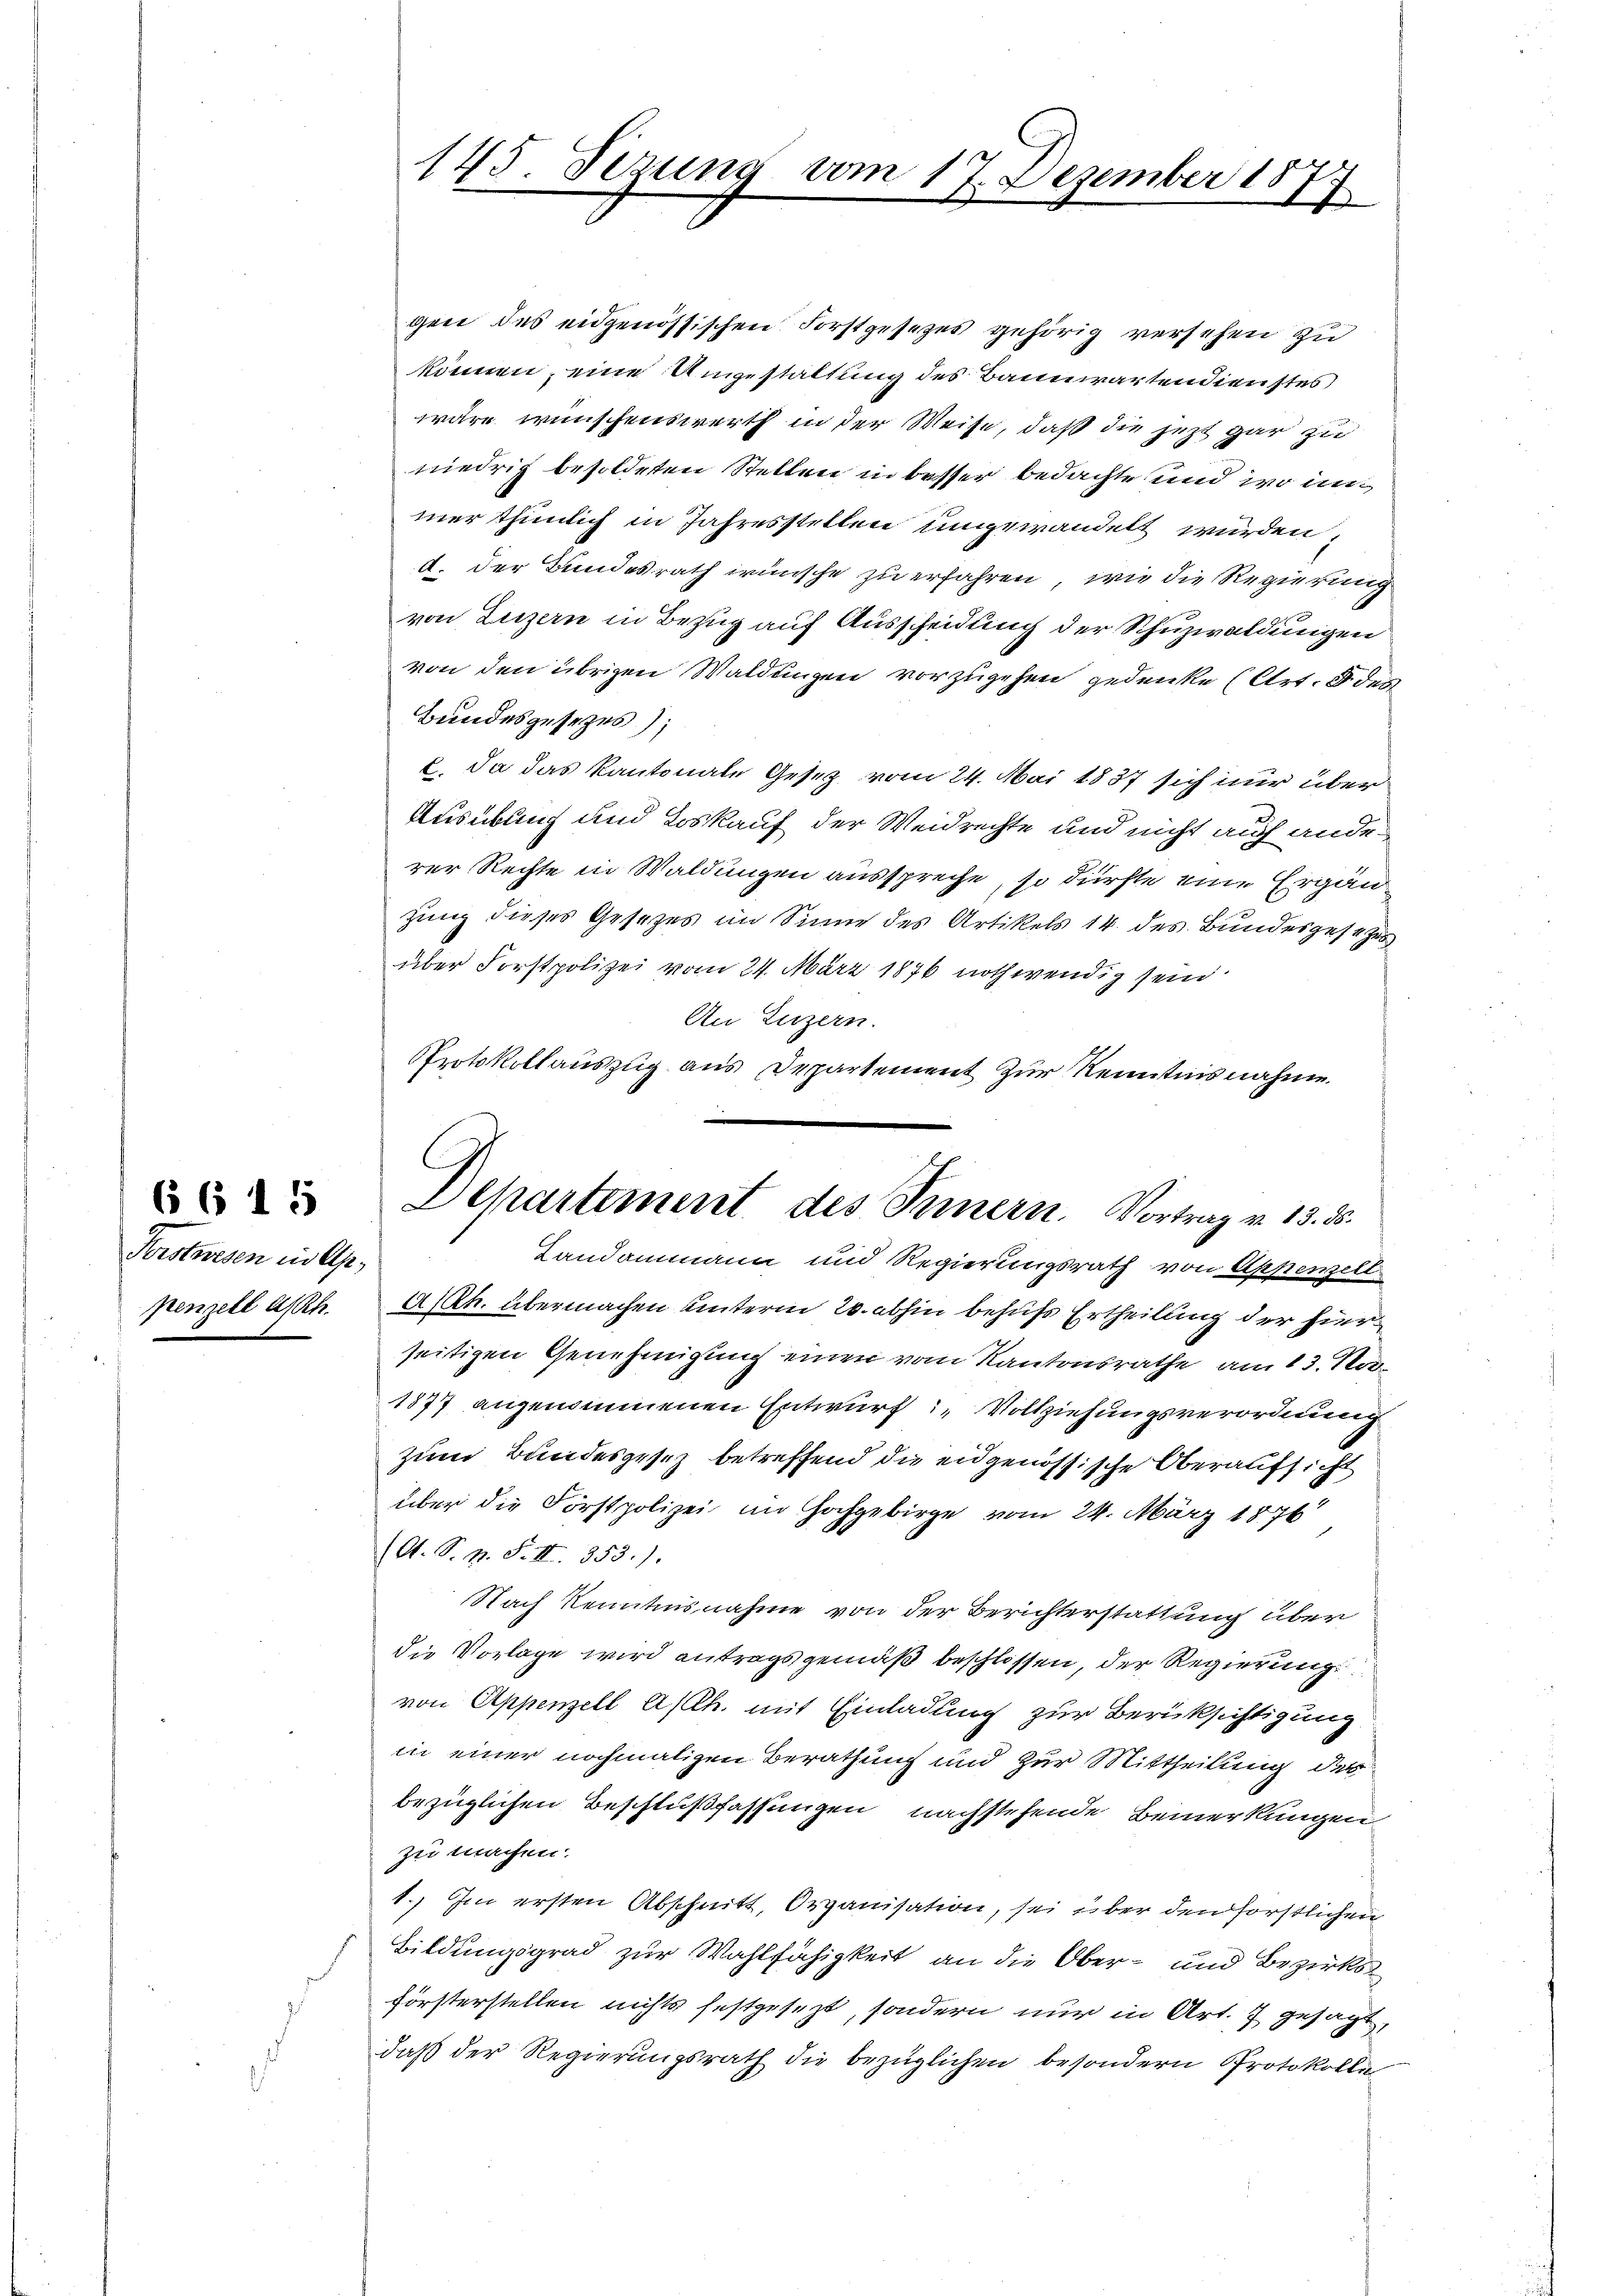
Forstwesen in Ap

guer des eidgenössischen Forstgesezes gehörig versehen zu
können, eine Umgestaltung des Bauerarten dienstes
wäre wünschenswerth in der Weise, daß die jezt gar zu
niedrig besoldeten Stellen in besser bedachte und wo in
mer thunlich in Jahresstellen ungewandelt wurden,
d. der Bundesrath wünsche zu erfahren, wie die Regierung
von Luzern in Bezug auf Ausscheidung der Schuzwaldungen
von den übrigen Waldungen vorzugehen gedenke (Art. 5 des
Bundesgesezes);
l. Da das Kantonale Gesetz vom 24. Mai 1837 sich nur über
Ausübung und Loskauf der Weidrechte und nicht auf anderer Rechte in Waldungen ausspreche, so dürfte eine Ergänzung dieses Gesezes im Sinne des Artikels 14. des Bundesgesezes
über Forstpolizei vom 24. März 1876 nothwendig sein
An Luzern.
Protokollauszug aus Departement zur Kenntnisnahme.
Landammann und Regierungsrath von Appenzell
penzell ist. A.h. übermachen unterm 20. abhin behufs Ertheilung der hier
seitigen Genehmigung einen vom Kantonsrathe am 13. Nov
1877 angenommenen Entwurf Vollziehungsverordnung
zum Bundesgesetz betreffend die eidgenössische Oberaufsicht
über die Förstpolizei im Hochgebirge vom 24. März 1876
(A. S. n. F. II. 353.)
Nach Kenntnisnahme von der Berichterstattung über
die Vorlage wird antragsgemäß beschlossen, der Regierung
von Appenzell A/Rh. mit Einladung zur Berücksichtigung
in einer nochmaligen Berathung und zur Mittheilung des
bezüglichen Beschlußfassungen nachstehende Bemerkungen
zu machen.
1. Im ersten Abschnitt, Organisation, sei über den forstlichen
Bildungsgrad zur Wahlfähigkeit an die Ober- und Bezirks
försterstellen nichts festgesezt, sondern nur in Art. 7 gesagt,
daß der Regierungsrath die bezüglichen besondern Protokolle

145 Fezung vom 17. Dezember 1877
e

Departement des Ternern. Vortrag v. 13. ds.